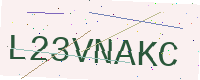
Text: L23VNAKC